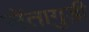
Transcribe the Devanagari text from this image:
सेंतागुड़ी